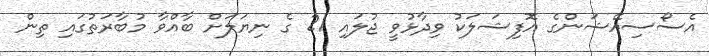
އެސޯސިއޭޝަންގެ އޮފިޝަލަކު ވިދާޅުވީ ޖުލައި 21 ގެ ނިޔަލަށް ބާއްވާ މުބާރަތުގައި ތިން